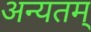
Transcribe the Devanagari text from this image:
अन्यतम्